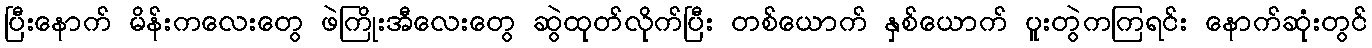
ပြီးနောက် မိန်းကလေးတွေ ဖဲကြိုးအီလေးတွေ ဆွဲထုတ်လိုက်ပြီး တစ်ယောက် နှစ်ယောက် ပူးတွဲကကြရင်း နောက်ဆုံးတွင်